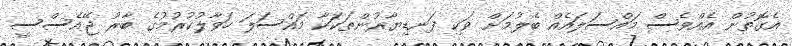
އެގޮތުން އެއްވެސް މައްސަލައެއް ބެލުމަށް ވަކި ފަނޑިޔާރުންތަކަކާ މައްސަލަ ހަވާލުކުރުމުގެ ބާރު ޖޭއެސްސީ